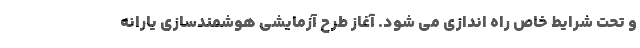
و تحت شرایط خاص راه اندازی می شود. آغاز طرح آزمایشی هوشمندسازی یارانه